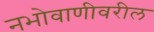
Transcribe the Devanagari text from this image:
नभोवाणीवरील